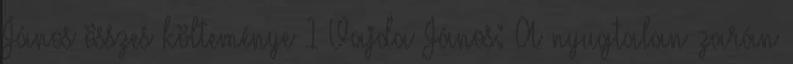
János összes költeménye 1 Vajda János: A nyugtalan zarán